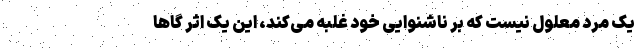
یک مرد معلول نیست که بر ناشنوایی خود غلبه می‌کند، این یک اثر گاهاً